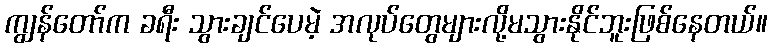
ကျွန်တော်က ခရီး သွားချင်ပေမဲ့ အလုပ်တွေများလို့မသွားနိုင်ဘူးဖြစ်နေတယ်။